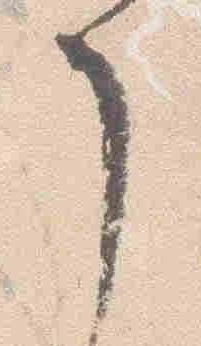
了